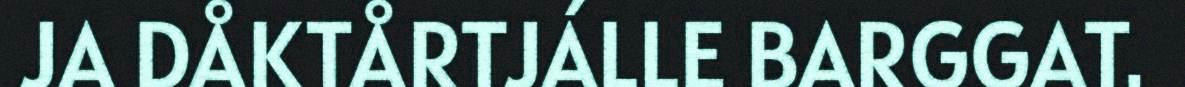
JA DÅKTÅRTJÁLLE BARGGAT.